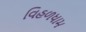
વિહળધામ